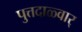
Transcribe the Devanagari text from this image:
पुत्तदाळ्वार्